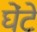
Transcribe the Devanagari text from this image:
घेंटे